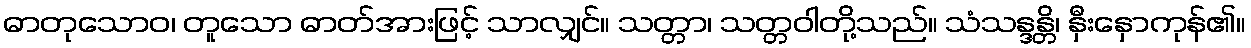
ဓာတုသောဝ၊ တူသော ဓာတ်အားဖြင့် သာလျှင်။ သတ္တာ၊ သတ္တဝါတို့သည်။ သံသန္ဒန္တိ၊ နှီးနှောကုန်၏။